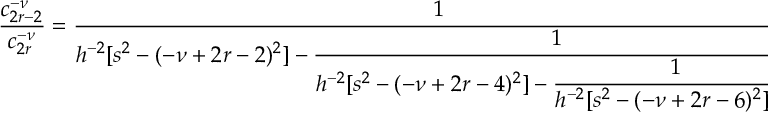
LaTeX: \frac { c _ { 2 r - 2 } ^ { - \nu } } { c _ { 2 r } ^ { - \nu } } = \frac { 1 } { \displaystyle h ^ { - 2 } [ s ^ { 2 } - ( - \nu + 2 r - 2 ) ^ { 2 } ] - \frac { 1 } { \displaystyle h ^ { - 2 } [ s ^ { 2 } - ( - \nu + 2 r - 4 ) ^ { 2 } ] - \frac { 1 } { \displaystyle h ^ { - 2 } [ s ^ { 2 } - ( - \nu + 2 r - 6 ) ^ { 2 } ] \cdot \cdot \cdot } } }